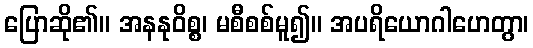
ပြောဆို၏။ အနနုဝိစ္စ၊ မစီစစ်မူ၍။ အပရိယောဂါဟေတွာ၊